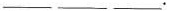
___ ___ ___.